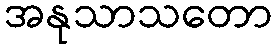
အနုသာသတော